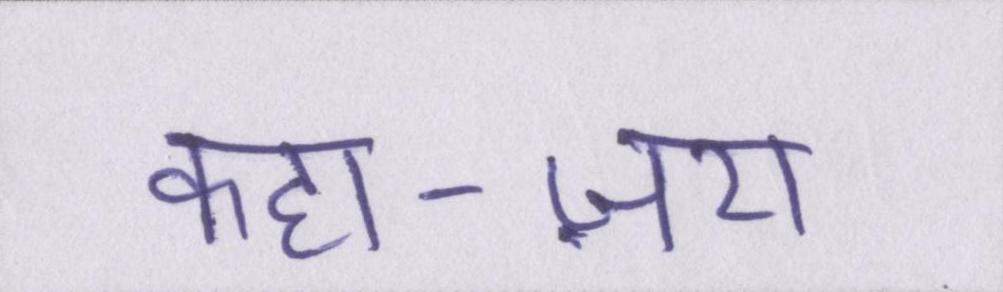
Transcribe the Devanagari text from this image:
कहा-ज़रा